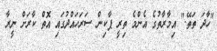
"ހާދަ ތަތޭ." އިމާރާތުގެ އެންމެ ތިރީ ޕާކިން ސަރަހައްދުގައި އޮތް ކާރަށް ނީރާ